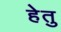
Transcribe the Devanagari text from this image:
हेेतु